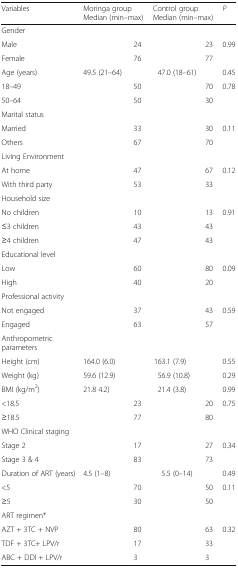
<table><thead><tr><td><b>Variables</b></td><td colspan="2"><b>Moringa group Median (min–max)</b></td><td colspan="2"><b>Control group Median (min–max)</b></td><td><b><i>P</i></b></td></tr></thead><tbody><tr><td colspan="6">Gender</td></tr><tr><td>Male</td><td>[EMPTY_CELL]</td><td>24</td><td>[EMPTY_CELL]</td><td>23</td><td>0.99</td></tr><tr><td>Female</td><td>[EMPTY_CELL]</td><td>76</td><td>[EMPTY_CELL]</td><td>77</td><td>[EMPTY_CELL]</td></tr><tr><td>Age (years)</td><td>49.5 (21–64)</td><td>[EMPTY_CELL]</td><td>47.0 (18–61)</td><td>[EMPTY_CELL]</td><td>0.45</td></tr><tr><td>18–49</td><td>[EMPTY_CELL]</td><td>50</td><td>[EMPTY_CELL]</td><td>70</td><td>0.78</td></tr><tr><td>50–64</td><td>[EMPTY_CELL]</td><td>50</td><td>[EMPTY_CELL]</td><td>30</td><td>[EMPTY_CELL]</td></tr><tr><td colspan="6">Marital status</td></tr><tr><td>Married</td><td>[EMPTY_CELL]</td><td>33</td><td>[EMPTY_CELL]</td><td>30</td><td>0.11</td></tr><tr><td>Others</td><td>[EMPTY_CELL]</td><td>67</td><td>[EMPTY_CELL]</td><td>70</td><td>[EMPTY_CELL]</td></tr><tr><td colspan="6">Living Environment</td></tr><tr><td>At home</td><td>[EMPTY_CELL]</td><td>47</td><td>[EMPTY_CELL]</td><td>67</td><td>0.12</td></tr><tr><td>With third party</td><td>[EMPTY_CELL]</td><td>53</td><td>[EMPTY_CELL]</td><td>33</td><td>[EMPTY_CELL]</td></tr><tr><td colspan="6">Household size</td></tr><tr><td>No children</td><td>[EMPTY_CELL]</td><td>10</td><td>[EMPTY_CELL]</td><td>13</td><td>0.91</td></tr><tr><td>≤3 children</td><td>[EMPTY_CELL]</td><td>43</td><td>[EMPTY_CELL]</td><td>43</td><td>[EMPTY_CELL]</td></tr><tr><td>≥4 children</td><td>[EMPTY_CELL]</td><td>47</td><td>[EMPTY_CELL]</td><td>43</td><td>[EMPTY_CELL]</td></tr><tr><td colspan="6">Educational level</td></tr><tr><td>Low</td><td>[EMPTY_CELL]</td><td>60</td><td>[EMPTY_CELL]</td><td>80</td><td>0.09</td></tr><tr><td>High</td><td>[EMPTY_CELL]</td><td>40</td><td>[EMPTY_CELL]</td><td>20</td><td>[EMPTY_CELL]</td></tr><tr><td colspan="6">Professional activity</td></tr><tr><td>Not engaged</td><td>[EMPTY_CELL]</td><td>37</td><td>[EMPTY_CELL]</td><td>43</td><td>0.59</td></tr><tr><td>Engaged</td><td>[EMPTY_CELL]</td><td>63</td><td>[EMPTY_CELL]</td><td>57</td><td>[EMPTY_CELL]</td></tr><tr><td colspan="6">Anthropometric parameters</td></tr><tr><td>Height (cm)</td><td>164.0 (6.0)</td><td>[EMPTY_CELL]</td><td>163.1 (7.9)</td><td>[EMPTY_CELL]</td><td>0.55</td></tr><tr><td>Weight (kg)</td><td>59.6 (12.9)</td><td>[EMPTY_CELL]</td><td>56.9 (10.8)</td><td>[EMPTY_CELL]</td><td>0.29</td></tr><tr><td>BMI (kg/m<sup>2</sup>)</td><td>21.8 4.2)</td><td>[EMPTY_CELL]</td><td>21.4 (3.8)</td><td>[EMPTY_CELL]</td><td>0.99</td></tr><tr><td>&lt;18.5</td><td>[EMPTY_CELL]</td><td>23</td><td>[EMPTY_CELL]</td><td>20</td><td>0.75</td></tr><tr><td>≥18.5</td><td>[EMPTY_CELL]</td><td>77</td><td>[EMPTY_CELL]</td><td>80</td><td>[EMPTY_CELL]</td></tr><tr><td colspan="6">WHO Clinical staging</td></tr><tr><td>Stage 2</td><td>[EMPTY_CELL]</td><td>17</td><td>[EMPTY_CELL]</td><td>27</td><td>0.34</td></tr><tr><td>Stage 3 &amp; 4</td><td>[EMPTY_CELL]</td><td>83</td><td>[EMPTY_CELL]</td><td>73</td><td>[EMPTY_CELL]</td></tr><tr><td>Duration of ART (years)</td><td>4.5 (1–8)</td><td>[EMPTY_CELL]</td><td>5.5 (0–14)</td><td>[EMPTY_CELL]</td><td>0.49</td></tr><tr><td>&lt;5</td><td>[EMPTY_CELL]</td><td>70</td><td>[EMPTY_CELL]</td><td>50</td><td>0.11</td></tr><tr><td>≥5</td><td>[EMPTY_CELL]</td><td>30</td><td>[EMPTY_CELL]</td><td>50</td><td>[EMPTY_CELL]</td></tr><tr><td colspan="6">ART regimen*</td></tr><tr><td>AZT + 3TC + NVP</td><td>[EMPTY_CELL]</td><td>80</td><td>[EMPTY_CELL]</td><td>63</td><td>0.32</td></tr><tr><td>TDF + 3TC+ LPV/r</td><td>[EMPTY_CELL]</td><td>17</td><td>[EMPTY_CELL]</td><td>33</td><td>[EMPTY_CELL]</td></tr><tr><td>ABC + DDI + LPV/r</td><td>[EMPTY_CELL]</td><td>3</td><td>[EMPTY_CELL]</td><td>3</td><td>[EMPTY_CELL]</td></tr></tbody></table>